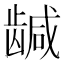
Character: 𬺍